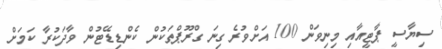
ސިޔާސީ ޕާޓީއާއި މިނިވަން 100 އަށްވުރެ ގިނަ ގްރޫޕްތަކުން ކެންޑިޑޭޓުން ވާދަކުރާ ކަމަށް